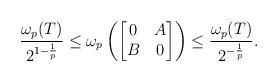
LaTeX: \begin{align*}\frac{\omega_{p}(T)}{2^{1-\frac{1}{p}}}\leq\omega_{p}\left(\begin{bmatrix}0 & A \\B & 0\end{bmatrix}\right) \leq \frac{\omega_{p}(T)}{2^{-\frac{1}{p}}}.\end{align*}